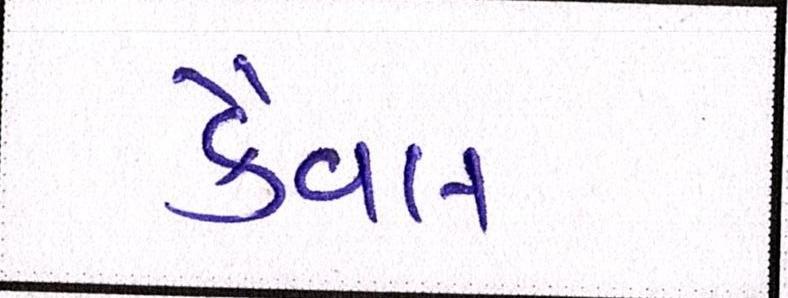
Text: કૈવલ